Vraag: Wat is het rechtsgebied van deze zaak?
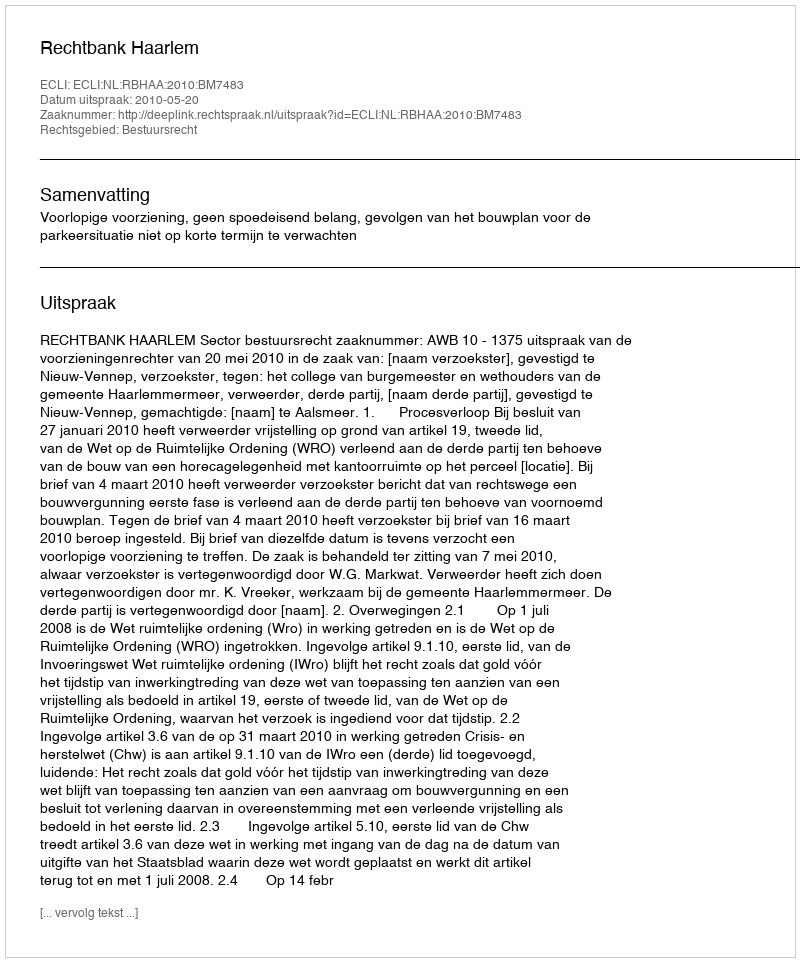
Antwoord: Bestuursrecht